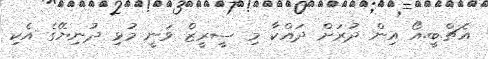
އެޗް.ބީ.އޯ އިން ދުރަށް ދައްކާ މި ސީރީޒް ވަނީ މުޅި ދުނިޔޭގެ އެކި